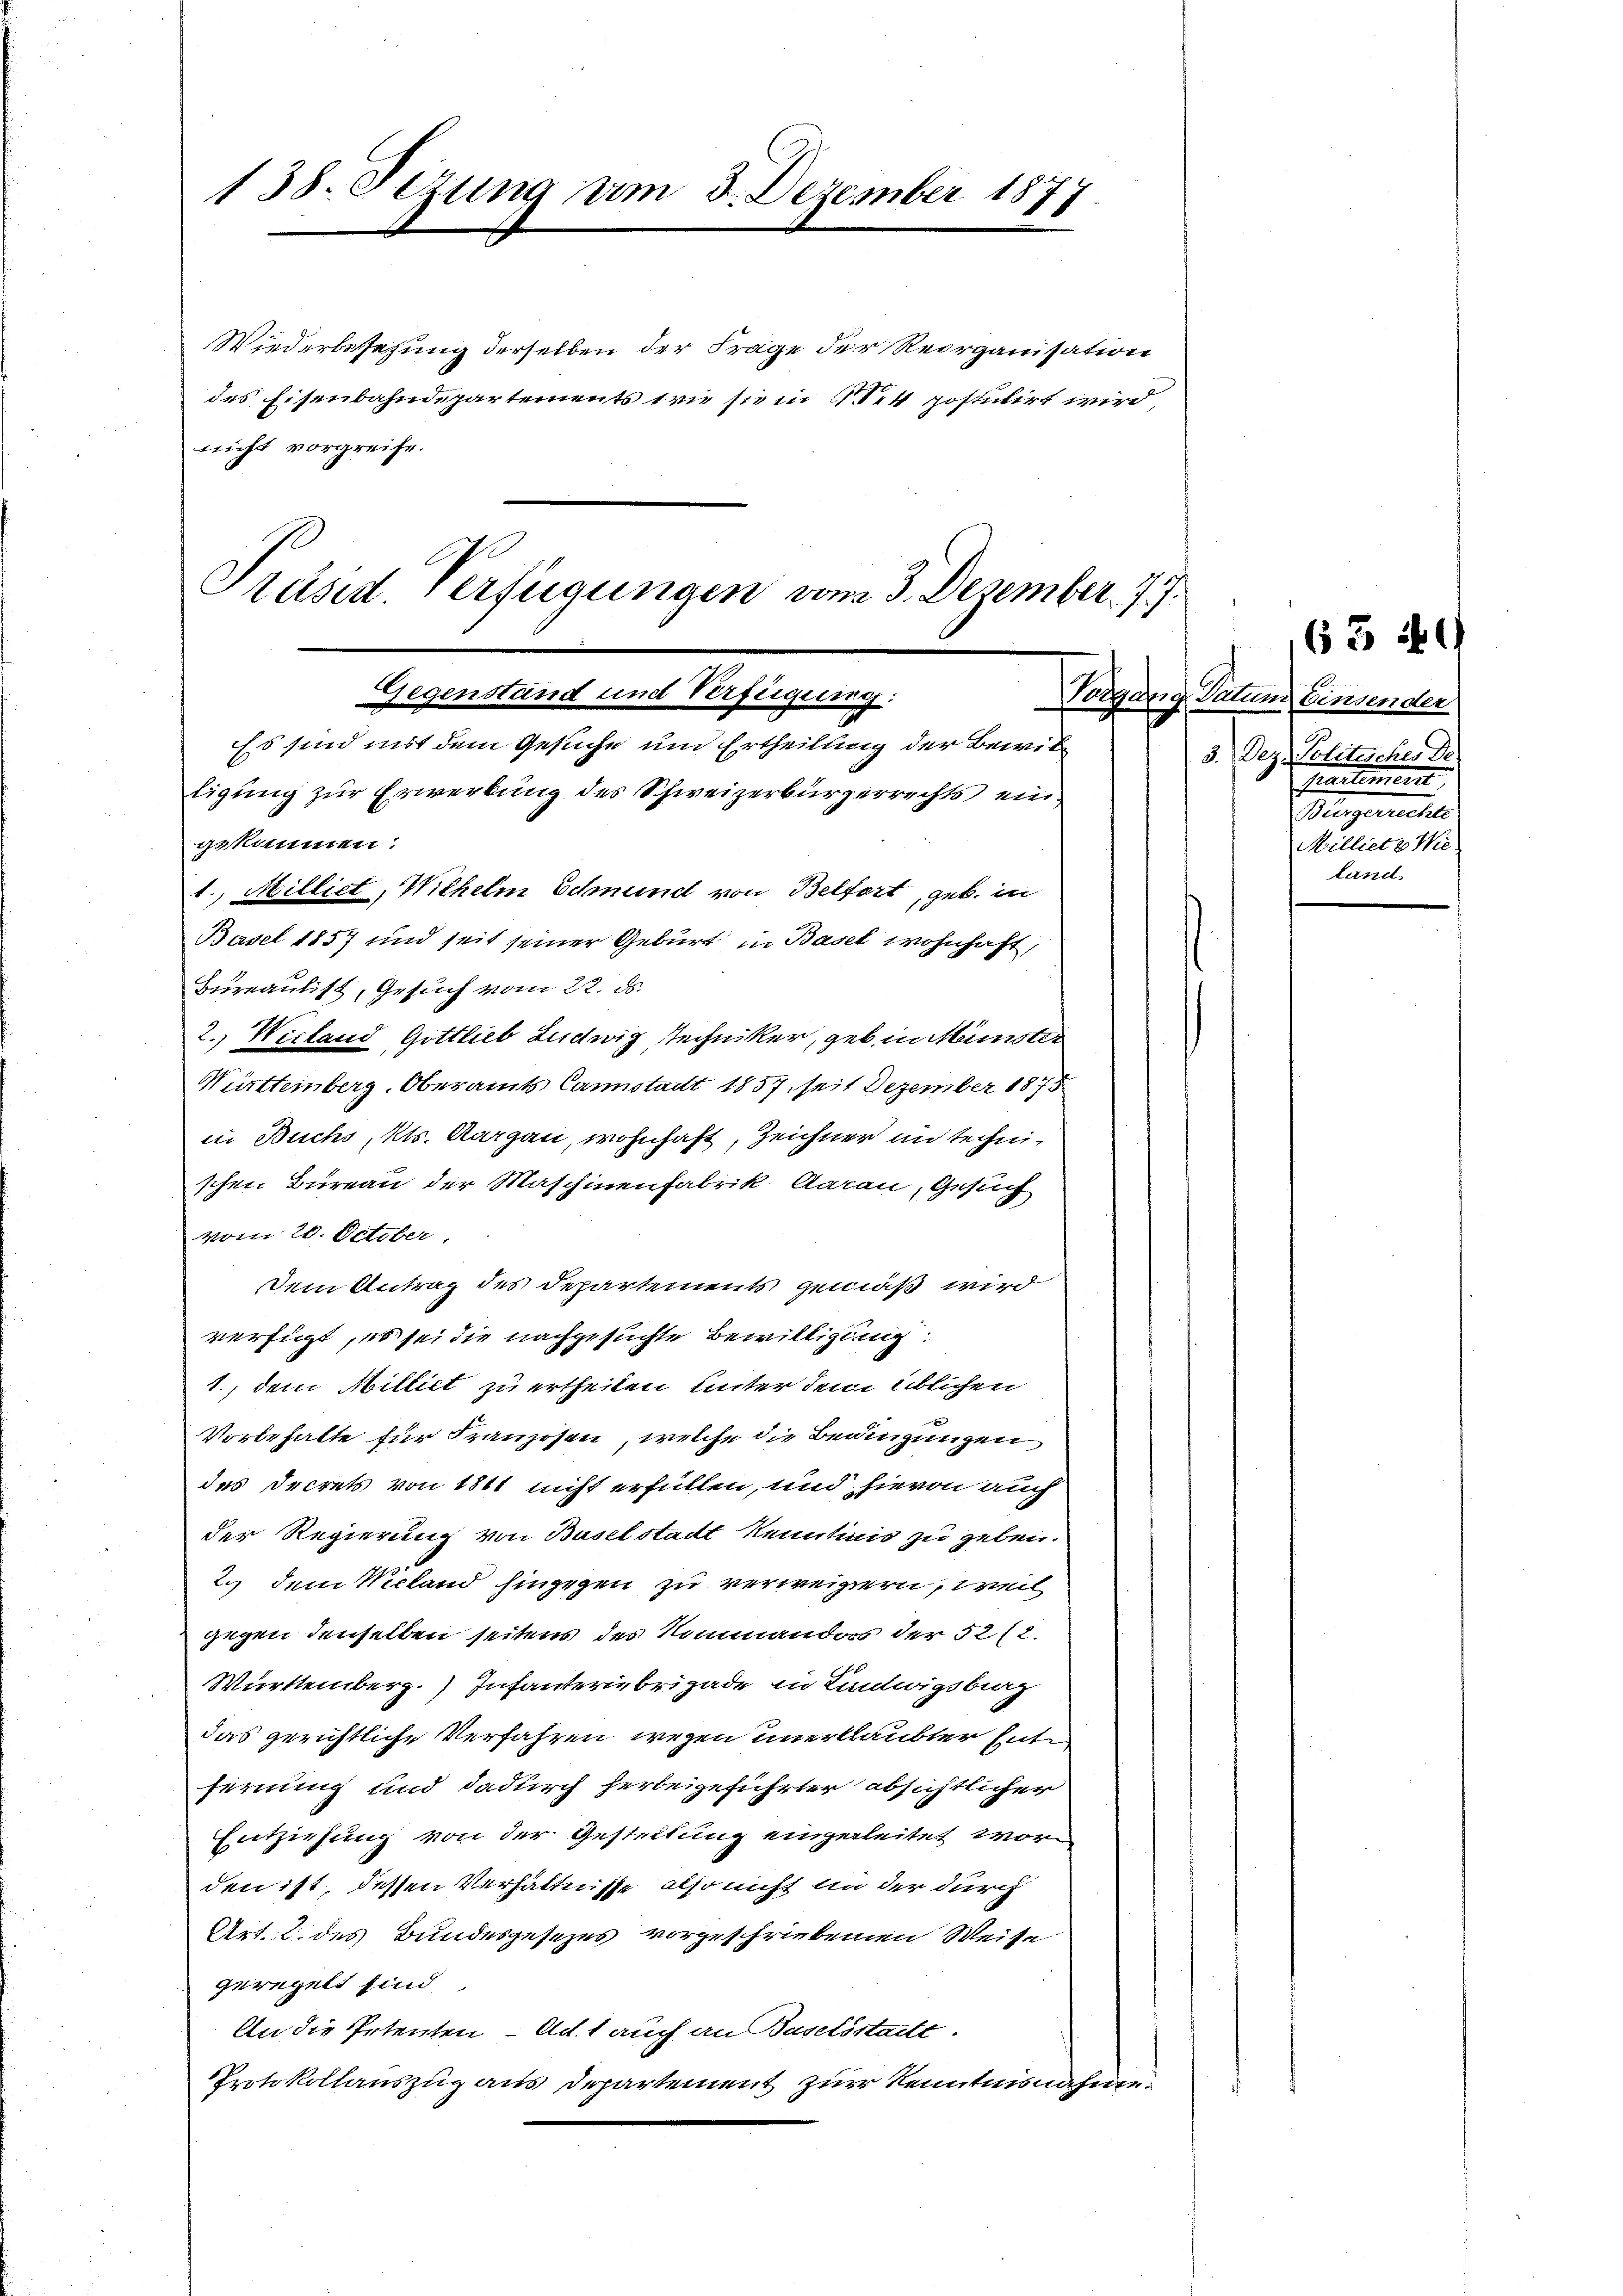
138. Sezung um 3. Dezember 1877.

Wiedersehung derselben der Frage der Reorganisation
des Eisenbahndepartements sie sie in Bett postulirt wird,
nicht vorgreife.

Präsid Verfügungen vom 3. Dezember 7
Gegenstand und Verfügung:
e
Es sind mit dem Gesuche und Ertheilung der Bewil¬

tigung zur Erwerbung des Schweizerbürgerrechts ein
gekommen.
1., Milliet, Wilhelm Schnund von Belfort, geb. in
Basel 1857 und seit seiner Geburt in Basel wohnhaft,
Bureaulist, Gesuch vom 22. ds.
2. Wieland, Gottlieb Ludwig Rechniker, geb. in Minister
Württeinberg. Oberamts Canstalt 1857, seit Dezember 1875
in Buchs, Kts. Aargau, wohnhaft, Zeichner in technischen Bureau der Maschinenfabrik Aarau, Gesuch
vom 20. October
Dein Antrag des Departements gemäß wird
verfügt, es sei die nachgesuchte Bewilligung.
1., dem Milliet zu ertheilen unter dem üblichen
Vorbehalte für Franzosen, welche die Beamtungen
des Decrets von 1861 nicht erfüllen, und hievon auch
der Regierung von Baselstadt kenntinis zu geben.
2.) dem Wieland hingegen zu verweisern, weil
gegen denselben seitens des Nommandos der 52 (2.
Württemberg. Infanteriebrigade in Lindwigsberg
das gerichtliche Verfahren, wegen unerlaubter Entfernung und dadurch herbeigeführter absichtlicher
Entziehung von der Gestellung eingerleitet worden ist, dessen Verhältnisse, also nicht an der durch
Art. 2. des Bundesgesezes vorgeschriebenen Weise
geregelt sind.
An die Petenten - Act auch an Baselöstatt.
Protokollauszug aus Departement zur Kenntnisnahme.

Datum Einsender
3. Dez. Politicher de
Partement
Mengerechte
Milliet u Wie
Land

65 49